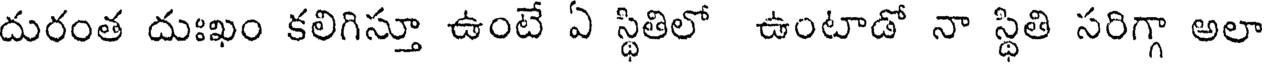
దురంత దుఃఖం కలిగిస్తూ ఉంటే ఏ స్థితిలో ఉంటాడో నా స్థితి సరిగ్గా అలా